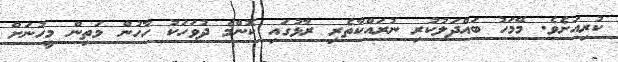
ކުރިއަށެވެ. މޭމަހު ބައްދަލުކުރި ނުރައްކާތެރި ރާޅުގައި ކޮންމެ ދުވަހަކު ހާހުން މަތިން މީހުނަށް